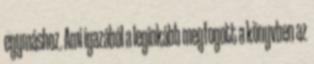
egymáshoz. Ami igazából a leginkább megfogott a könyvben az